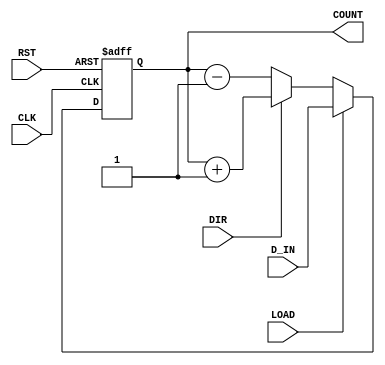
module UpDownCounter #(
    parameter n = 8  // Parameter for the bit-width of the counter
)(
    input wire CLK,          // Clock Signal
    input wire RST,          // Reset Signal
    input wire DIR,          // Direction Control
    input wire LOAD,         // Load Signal
    input wire [n-1:0] D_IN, // Data Input
    output reg [n-1:0] COUNT // Counter Output
);

    // Always block triggered on the rising edge of the clock
    always @(posedge CLK or posedge RST) begin
        if (RST) begin
            // Reset the counter to zero
            COUNT <= {n{1'b0}};
        end
        else if (LOAD) begin
            // Load the value from D_IN into the counter
            COUNT <= D_IN;
        end
        else begin
            // Counting logic
            if (DIR) begin
                // Count up
                COUNT <= COUNT + 1;
            end
            else begin
                // Count down
                COUNT <= COUNT - 1;
            end
        end
    end

endmodule